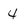
Character: 4